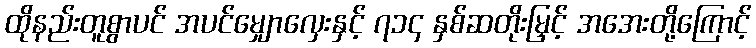
ထိုနည်းတူစွာပင် အပင်မျှောလှေးနှင့် ၇၁၄ နှစ်ဆတိုးမြှင့် အအေးတို့ကြောင့်